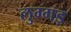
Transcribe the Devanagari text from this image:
लुग्गड़